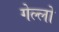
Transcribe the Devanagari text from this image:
गेल्‍लो